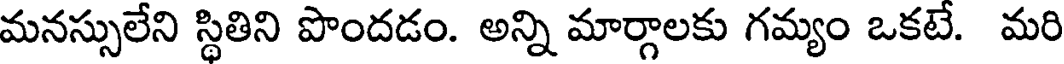
మనస్సులేని స్థితిని పొందడం. అన్ని మార్గాలకు గమ్యం ఒకటే. మరి